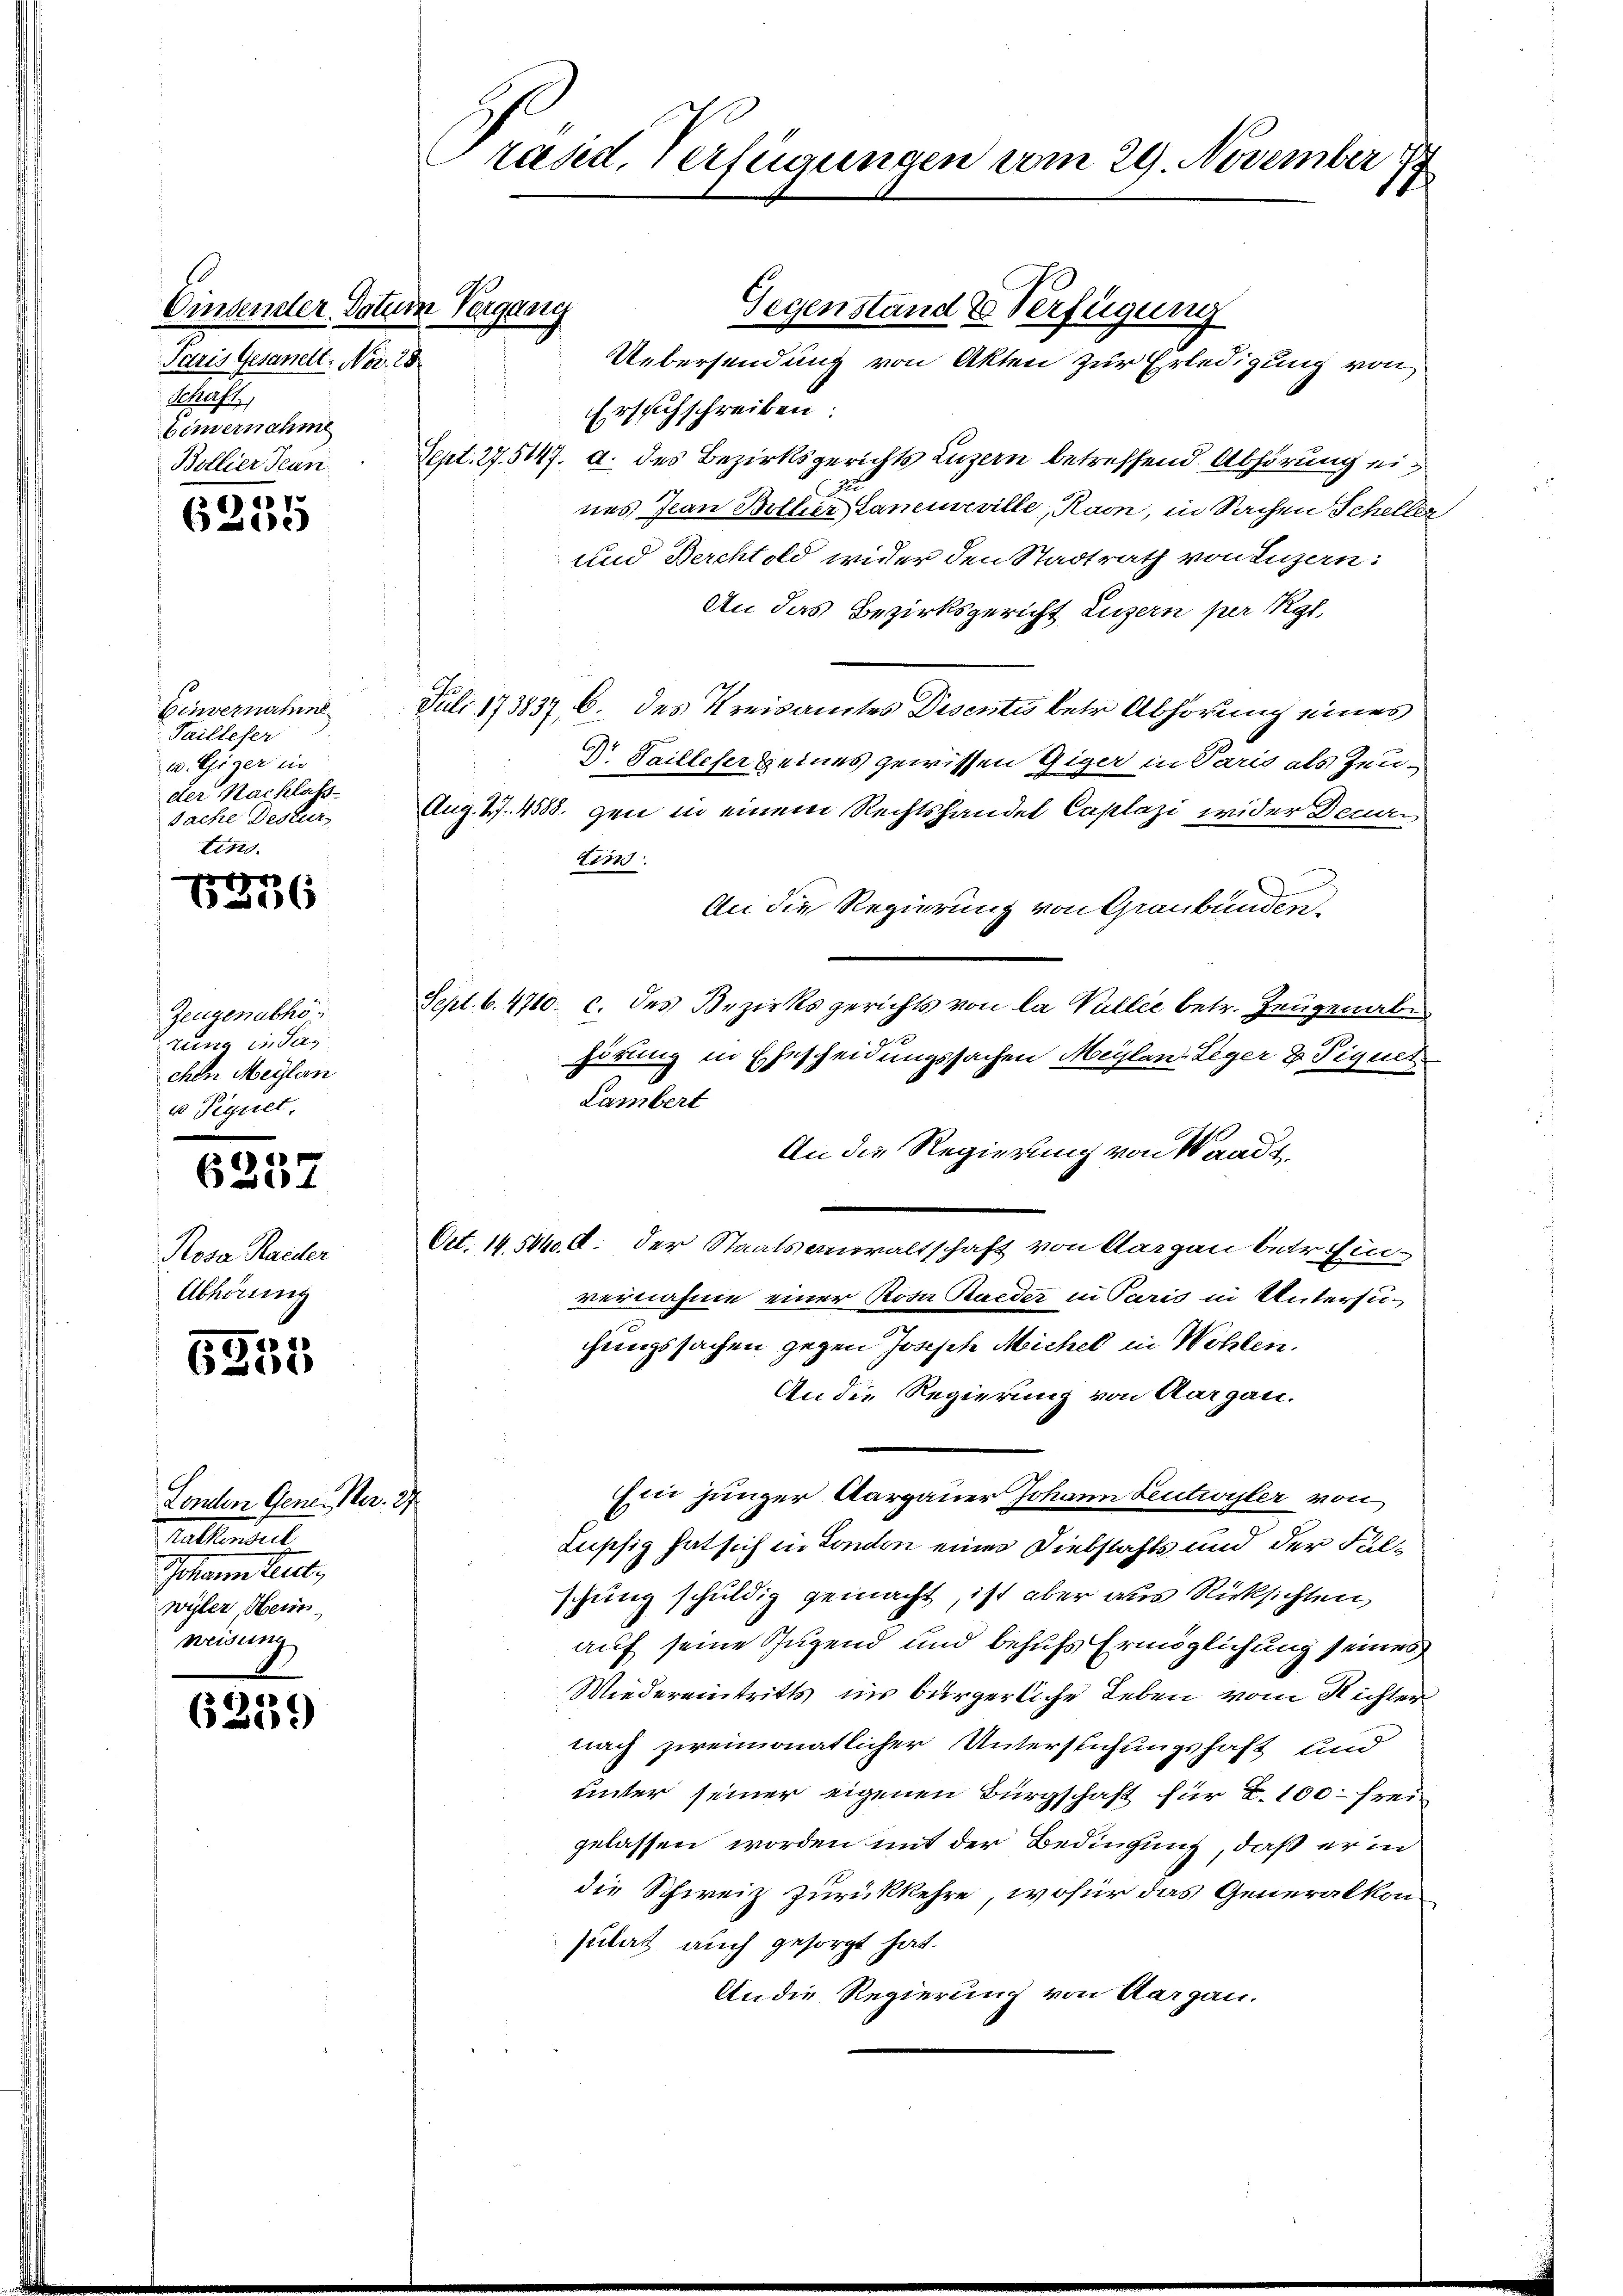
Einander. Datum Vergang
Paris Gesanelt. No. 28.
Schaft,
bimernahme
Bollier Jean

1
60)

Einvernahme
Taillefer
u. Giger inn
der Nachlass
Sache Destur
tins

r
6

Zeugen abho
tung in des
chen Maylan
u Pignet.

4
6201

Rosa Rander
Abhörung

5255

Londen Gener. Nes. 27
Rattendel
Johann teilte,
wyler Heim
weisung

6239)

rand, verfügungen vom 29. November 18

Uebersendung von Akten zur Erledigung von
Ersuchschreiben:
Sept. 27. 5147. d. des Bezirksgerichts Luzern betreffend Abhörung eines Jean Bollier Laneirville, Raon, in Sachen Scheller
und Berchtold wider den Stadtrath von Luzern:
An das Bezirksgericht Luzern per Ryf,
G.
Juli 173837, 6. des Kreisamtes Disentis betr. Abhörung eines
Dr. Sailleser keines gewissen Giger in Paris als Zeu¬
Aug. 47. 4588. gen in einem Rechtshandel Caplazi wider Deuei
Eins
An die Regierung von Graubünden.
Sept. b. 4710. c. des Bezirksgerichts von la Vallee betr. Zeugenab
hörung in Ehescheidungssachen Maylan. Leger 2 Tigult
Lambert
An die Regierung von Waadt,
Ort. 14. 5440. d. der Staatsanwaltschaft von Aargau betr. Ein-
vernahme einer Rosa Bueder in Paris in Untersuchungssachen gegen Joseph Michel in Wohlen.
An die Regierung von Aargau.
Ein junger Aargauer Johann Leutwyler von
Lüssig hat sich in London einer Diebstahls und der Falschung schuldig gemacht, ist aber aus Rücksichten,
auf seine Jugend und behufs Ermöglichung seines
Wiedereintritts in bürgerliche Leben vom Richter
nach zweimonatlicher Unterstichungshaft und
unter seiner eigenen Bürgschaft für Z. 100 frei
gelassen worden mit der Bedingung, daß er in
die Schweiz zurückkehre, wofür das Generalkon
sulat auch gesorgt hat.
An die Regierung von Aargau.

Gegenstand & Verfügung